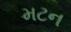
મટન